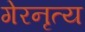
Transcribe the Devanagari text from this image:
गेरनृत्य